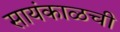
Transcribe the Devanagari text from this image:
सायंकाळची